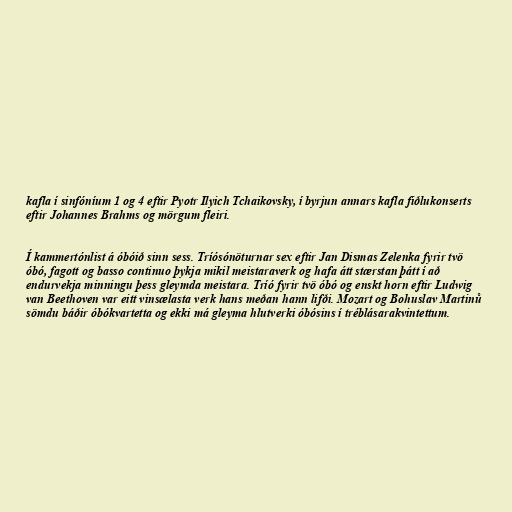
kafla í sinfóníum 1 og 4 eftir Pyotr Ilyich Tchaikovsky, í byrjun annars kafla fiðlukonserts
eftir Johannes Brahms og mörgum fleiri.

Í kammertónlist á óbóið sinn sess. Tríósónöturnar sex eftir Jan Dismas Zelenka fyrir tvö
óbó, fagott og basso continuo þykja mikil meistaraverk og hafa átt stærstan þátt í að
endurvekja minningu þess gleymda meistara. Tríó fyrir tvö óbó og enskt horn eftir Ludwig
van Beethoven var eitt vinsælasta verk hans meðan hann lifði. Mozart og Bohuslav Martinů
sömdu báðir óbókvartetta og ekki má gleyma hlutverki óbósins í tréblásarakvintettum.